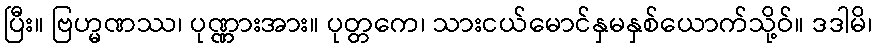
ပြီး။ ဗြဟ္မဏဿ၊ ပုဏ္ဏားအား။ ပုတ္တကေ၊ သားငယ်မောင်နှမနှစ်ယောက်သို့ဝ်။ ဒဒါမိ၊